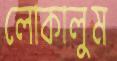
লোকালুম